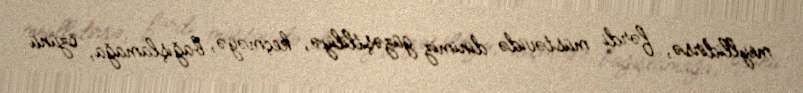
meyllidirsə, fərdi müstəvidə dinimiz güzəştliliyə, keçməyə, bağışlamağa, özünü